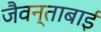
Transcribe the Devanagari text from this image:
जैवन्ताबाई